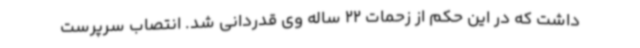
داشت که در این حکم از زحمات 22 ساله وی قدردانی شد. انتصاب سرپرست